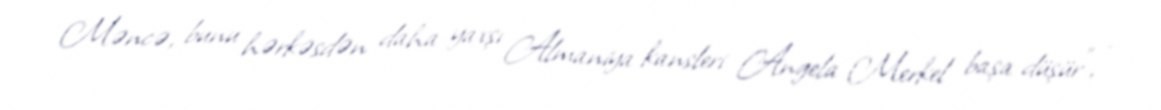
Məncə, bunu hərkəsdən daha yaxşı Almaniya kansleri Angela Merkel başa düşür", -